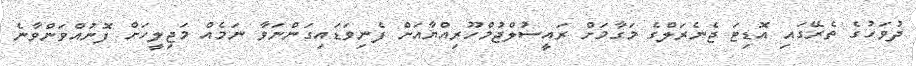
ދުވަހުގެ ތެރޭގައި އޮޑިޓަ ޖެނެރަލްގެ މަގާމަށް ރައީސުލްޖުމްހޫރިއްޔާއަށް ފެނިވަޑައިގަންނަވާ ނަމެއް މަޖިލީހަށް ފޮނުއްވަންވާނެ